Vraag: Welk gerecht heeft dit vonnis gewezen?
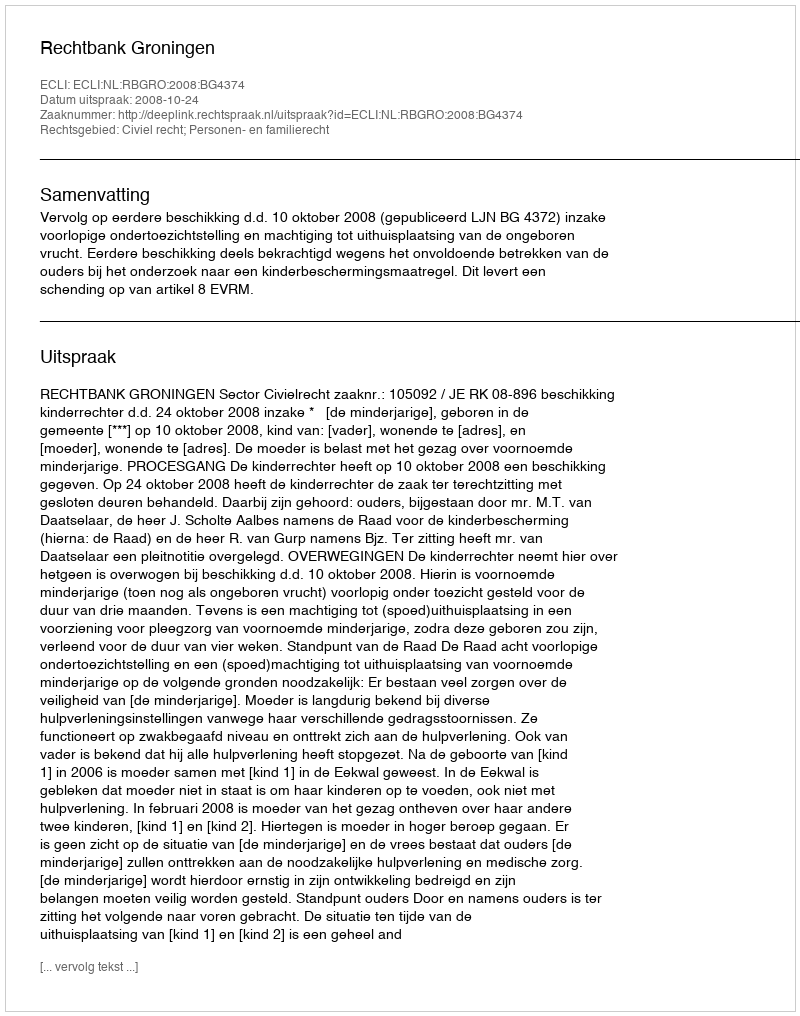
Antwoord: Rechtbank Groningen